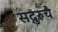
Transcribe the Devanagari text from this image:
सद्गुरुचे